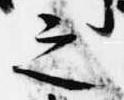
之